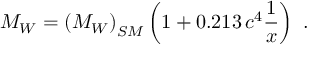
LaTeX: M _ { W } = \left( M _ { W } \right) _ { S M } \left( 1 + 0 . 2 1 3 \, c ^ { 4 } { \frac { 1 } { x } } \right) ~ .